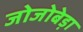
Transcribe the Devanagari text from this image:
जोजोबेड़ा